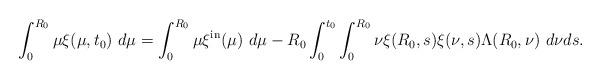
LaTeX: \begin{align*}\int_{0}^{R_{0}}\mu\xi(\mu,t_{0})\ d\mu=\int_{0}^{R_{0}}\mu\xi^{\mathrm{in}}(\mu)\ d\mu-R_{0}\int_{0}^{t_{0}}\int_{0}^{R_{0}}\nu\xi(R_{0},s)\xi(\nu,s)\Lambda(R_{0},\nu)\ d\nu ds.\end{align*}